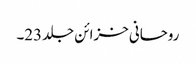
روحانی خزائن جلد23۔